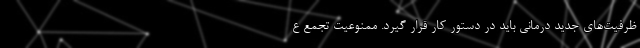
ظرفیت‌های جدید درمانی باید در دستور کار قرار گیرد. ممنوعیت تجمع ع